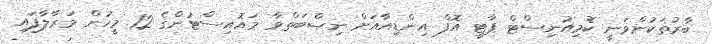
ބާރުތަކުންވަނީ ކޮމިއުނިސްޓް ޕާޓީ އޮފް އިންޑިއާއަށް ނިޞްބަތްވާ މައޮއިސްޓުންގެ 12 މީހުން މަރާލާފައި